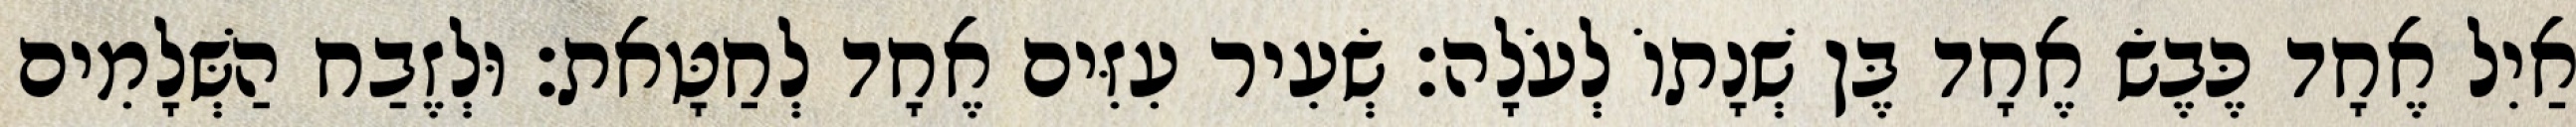
אַיִל אֶחָד כֶּבֶשׂ אֶחָד בֶּן שְׁנָתוֹ לְעֹלָה׃ שְׂעִיר עִזִּים אֶחָד לְחַטָּאת׃ וּלְזֶבַח הַשְּׁלָמִים